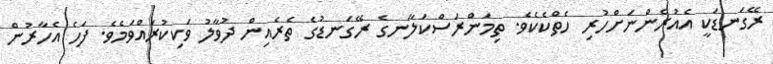
ރޭގަނޑަކީ އެއުރެންނަށްހުރި ހެތްކެކެވެ. ތިމަންރަސްކަލާނގެ ރޭގަނޑުގެ ތެރެއިން ދުވާލު ވަކިކުރައްވަމެވެ. ފަހެ އެހާރުން